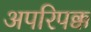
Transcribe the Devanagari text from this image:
अपरिपक्क